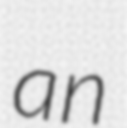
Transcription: an